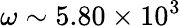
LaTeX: \omega\sim 5.80\times 10^{3}